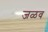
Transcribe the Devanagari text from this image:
जळव